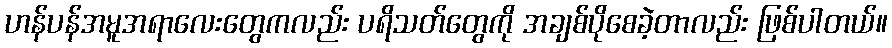
ဟန်ပန်အမူအရာလေးတွေကလည်း ပရိသတ်တွေကို အချစ်ပိုစေခဲ့တာလည်း ဖြစ်ပါတယ်။